Annual report of the Punjab Veterinary College and of the Civil Veterinary Department, Punjab - 1920-1925
Year: 1920
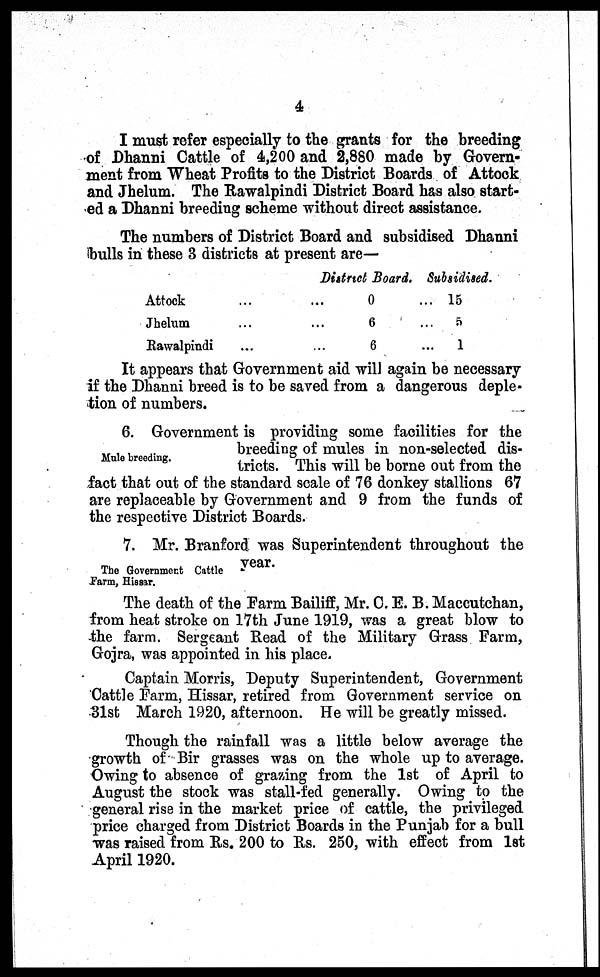
4
I must refer especially to the grants for the breeding
of Dhanni Cattle of 4,200 and 2,880 made by Govern-
ment from Wheat Profits to the District Boards of Attock
and Jhelum. The Rawalpindi District Board has also start-
ed a Dhanni breeding scheme without direct assistance.
The numbers of District Board and subsidised Dhanni
bulls in these 3 districts at present are—
Attock ... ...
Jhelum ... ...
Rawalpindi ... ...
District Board.
0 ...
6 ...
6 ...
Subsidised.
... 15
... 5
...
1
It appears that Government aid will again be necessary
if the Dhanni breed is to be saved from a dangerous deple-
tion of numbers.
Mule breeding.
The Government
Farm, Hissar.
6. Government is providing some facilities for the
breeding of mules in non-selected dis-
tricts. This will be borne out from the
fact that out of the standard scale of 76 donkey stallions 67
are replaceable by Government and 9 from the funds of
the respective District Boards.
7. Mr. Branford was Superintendent throughout the
year.
The death of the Farm Bailiff, Mr. C. E. B. Maccutchan,
from heat stroke on 17th June 1919, was a great blow to
the farm. Sergeant Read of the Military Grass Farm,
Gojra, was appointed in his place.
Captain Morris, Deputy Superintendent, Government
Cattle Farm, Hissar, retired from Government service on
31st March 1920, afternoon. He will be greatly missed.
Though the rainfall was a little below average the
growth of Bir grasses was on the whole up to average.
Owing to absence of grazing from the 1st of April to
August the stock was stall-fed generally. Owing to the
general rise in the market price of cattle, the privileged
price charged from District Boards in the Punjab for a bull
was raised from Rs. 200 to Rs. 250, with effect from 1st
April 1920.